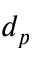
d _ { p }